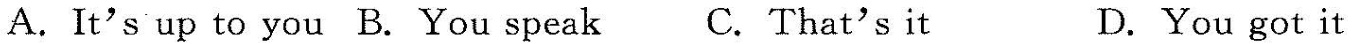
A.It's up to you B.You speak C.That's it D.You got it